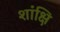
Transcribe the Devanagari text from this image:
शांक्षि